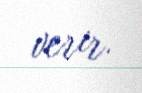
verir.